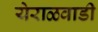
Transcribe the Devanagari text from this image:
येराळवाडी